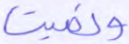
ونميت